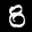
Label: 8